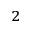
^ 2